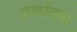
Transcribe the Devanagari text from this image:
आढतिया